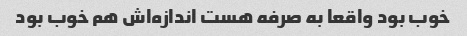
خوب بود واقعا به صرفه هست اندازه‌اش هم خوب بود